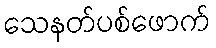
သေနတ်ပစ်ဖောက်